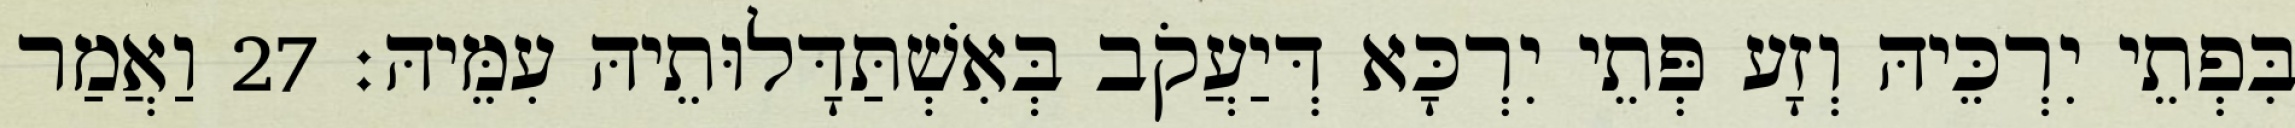
בִּפְתֵי יִרְכֵּיהּ וְזָע פְּתֵי יִרְכָּא דְּיַעֲקֹב בְּאִשְׁתַּדָּלוּתֵיהּ עִמֵּיהּ׃ 27 וַאֲמַר